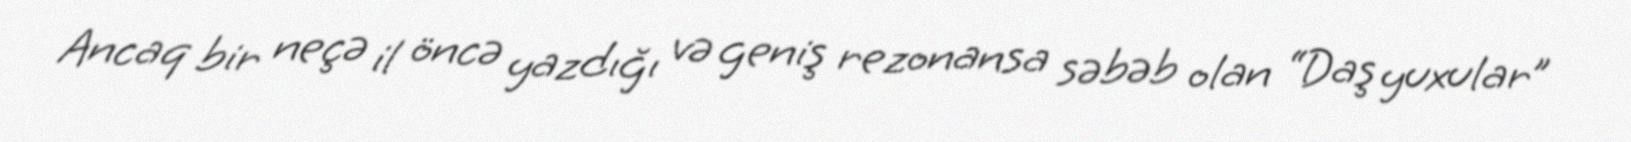
Ancaq bir neçə il öncə yazdığı və geniş rezonansa səbəb olan “Daş yuxular”